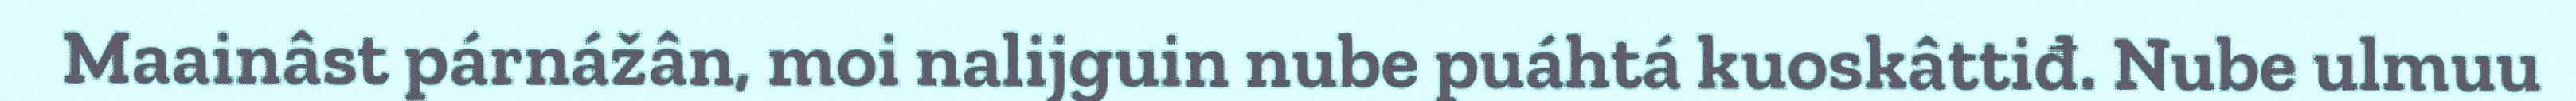
Maainâst párnážân, moi nalijguin nube puáhtá kuoskâttiđ. Nube ulmuu